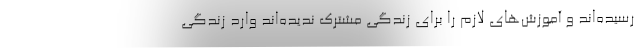
رسیده‌اند و آموزش‌های لازم را برای زندگی مشترک ندیده‌اند وارد زندگی